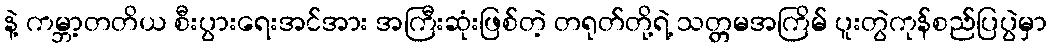
နဲ့ ကမ္ဘာ့တတိယ စီးပွားရေးအင်အား အကြီးဆုံးဖြစ်တဲ့ တရုတ်တို့ရဲ့ သတ္တမအကြိမ် ပူးတွဲကုန်စည်ပြပွဲမှာ